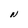
Character: N